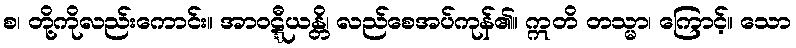
စ၊ တို့ကိုလည်းကောင်း။ အာဝဋ္ဋီယန္တိ၊ လည်စေအပ်ကုန်၏။ ဣတိ တသ္မာ၊ ကြောင့်။ သော